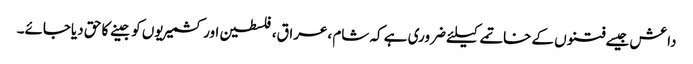
داعش جیسے فتنوں کے خاتمے کیلئے ضروری ہے کہ شام ،عراق،فلسطین اور کشمیریوں کو جینے کا حق دیاجائے۔